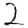
Digit: 2